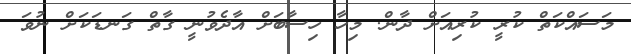
މަސައްކަތް ކުރީ ކުރިއަށް ދާން. މިހާ ހިސާބަށް އާދެވުނީ ގާތް ގަނޑަކަށް ނުވަ